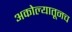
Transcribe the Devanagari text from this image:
अकोल्यातूनच